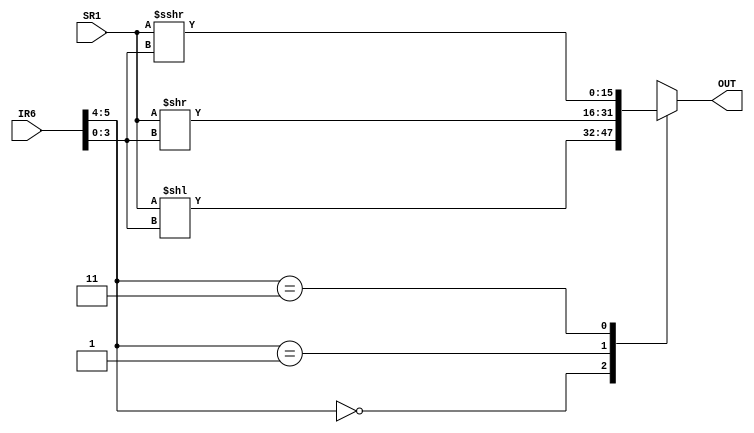
module SHIFTER(
    input wire [5:0]IR6,
    input wire [15:0]SR1,
    output reg [15:0]OUT
);
    wire [1:0]type;
    wire [3:0]amount;

    parameter LEFT_SHIFT = 2'b00;
    parameter LOGICAL_RIGHT_SHIFT = 2'b01;
    parameter ARITHMETIC_RIGHT_SHIFT = 2'b11;

    initial begin
        OUT <= 0;
    end

    assign type = IR6[5:4];
    assign amount = IR6[3:0];

    always @ (type or amount or SR1) begin
        case(type)
            LEFT_SHIFT: OUT <= SR1 << amount;
            LOGICAL_RIGHT_SHIFT: OUT <= SR1 >> amount;
            ARITHMETIC_RIGHT_SHIFT: OUT <= $signed(SR1) >>> amount;
            default: OUT <= 16'hxxxx;   // Invalid type
        endcase
    end
endmodule